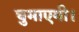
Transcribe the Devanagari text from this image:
घुमाएगी।